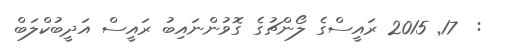
:  17